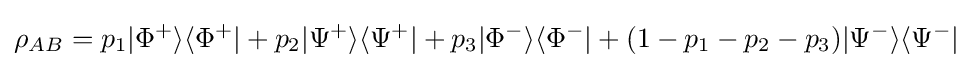
\rho _{AB}=p_{1}|\Phi ^{+}\rangle \langle \Phi ^{+}|+p_{2}|\Psi ^{+}\rangle \langle \Psi ^{+}|+p_{3}|\Phi ^{-}\rangle \langle \Phi ^{-}|+(1-p_{1}-p_{2}-p_{3})|\Psi ^{-}\rangle \langle \Psi ^{-}|